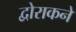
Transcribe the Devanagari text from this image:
द्वोराकने